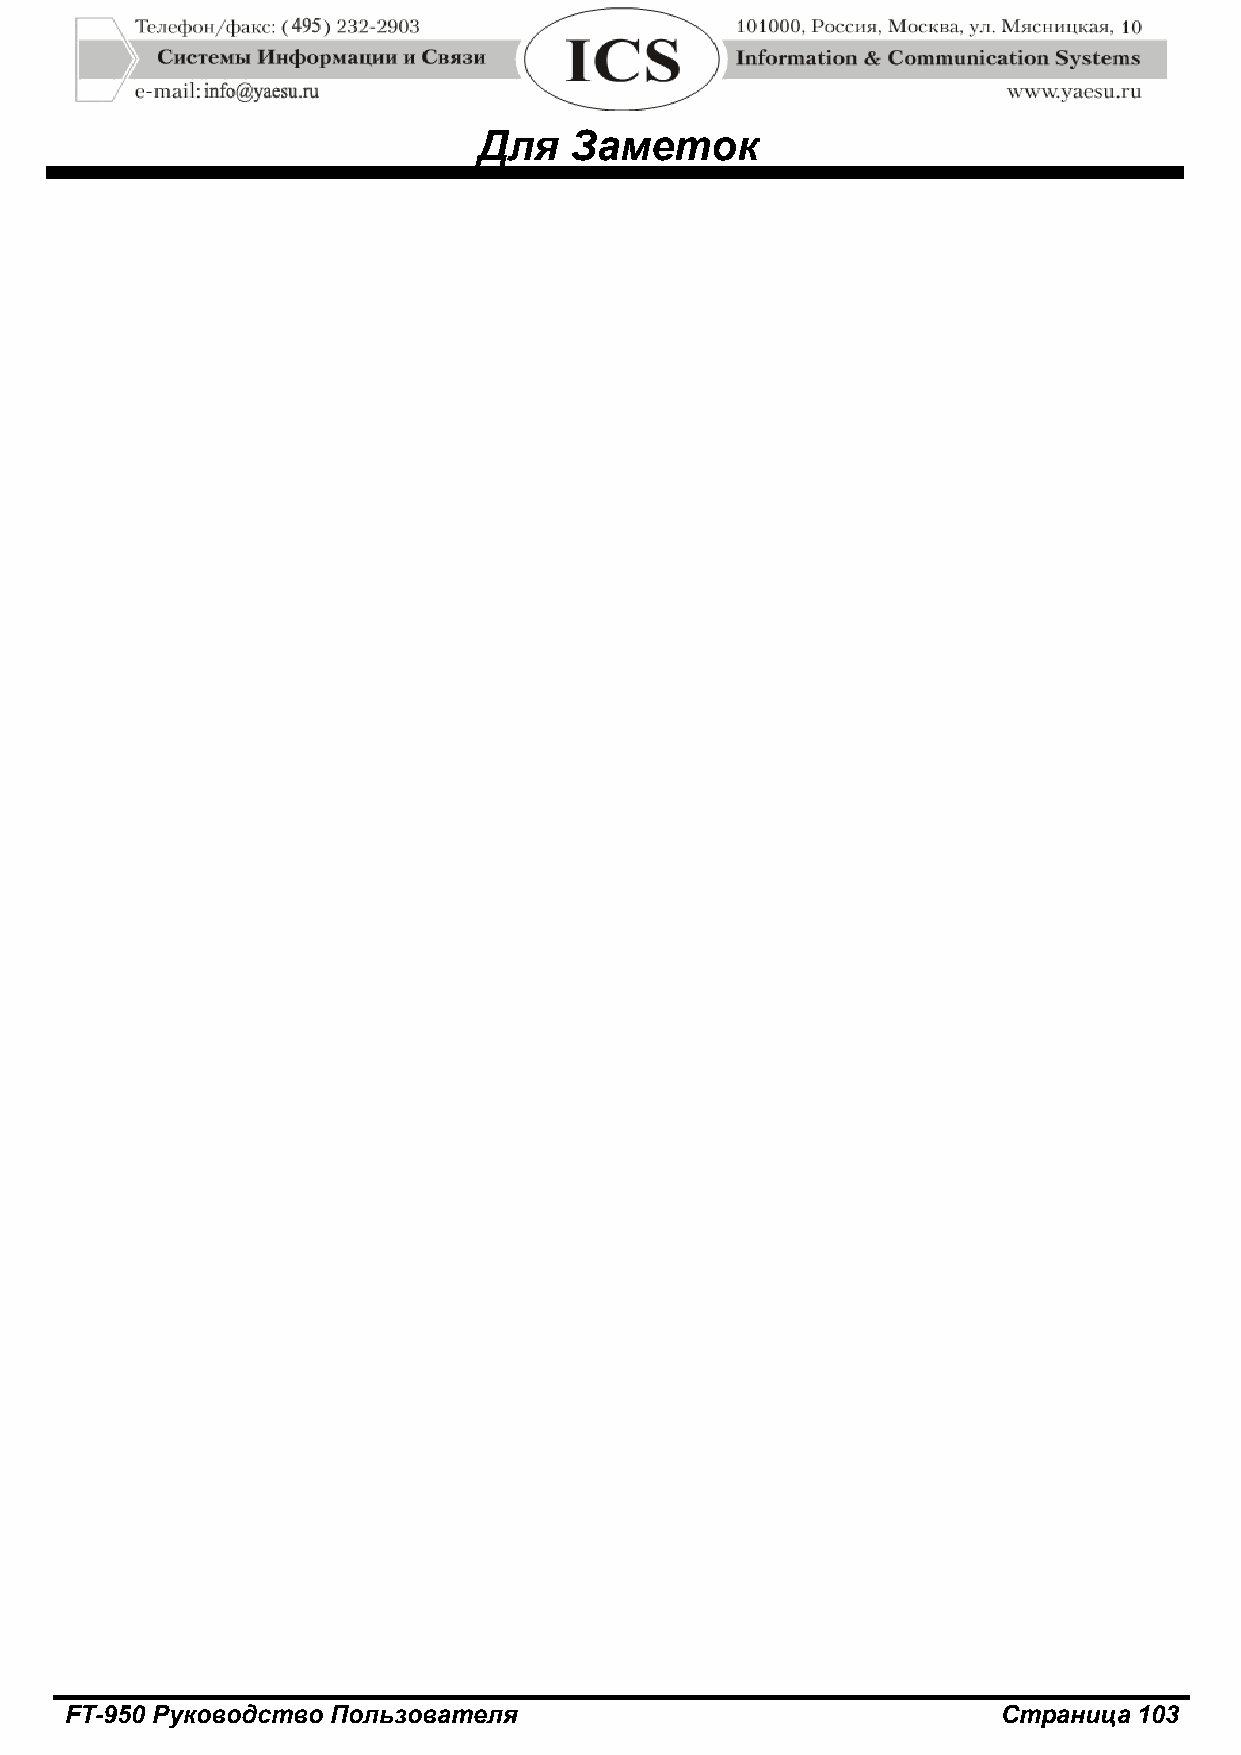
Для   Заметок
 FT-950 Руководство Пользователя                               Страница 103